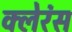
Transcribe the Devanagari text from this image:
क्लेरंस